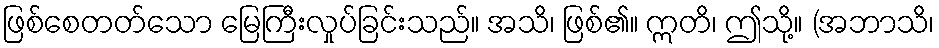
ဖြစ်စေတတ်သော မြေကြီးလှုပ်ခြင်းသည်။ အသိ၊ ဖြစ်၏။ ဣတိ၊ ဤသို့။ (အဘာသိ၊